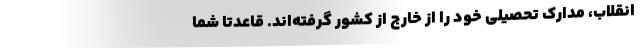
انقلاب، مدارک تحصیلی خود را از خارج از کشور گرفته‌اند. قاعدتا شما